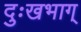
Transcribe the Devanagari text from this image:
दुःखभाग्